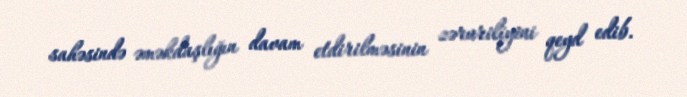
sahəsində əməkdaşlığın davam etdirilməsinin zəruriliyini qeyd edib.